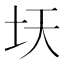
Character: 𫭛